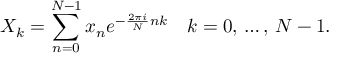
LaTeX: X _ { k } = \sum _ { n = 0 } ^ { N - 1 } x _ { n } e ^ { - { \frac { 2 \pi i } { N } } n k } \quad k = 0 , \, \dots , \, N - 1 .